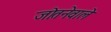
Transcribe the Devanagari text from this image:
जोतनेवाले